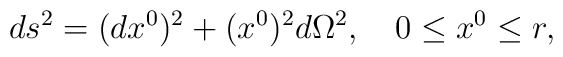
ds^2=(dx^0)^2+(x^0)^2d\Omega^2, \quad 0\le x^0 \le r ,